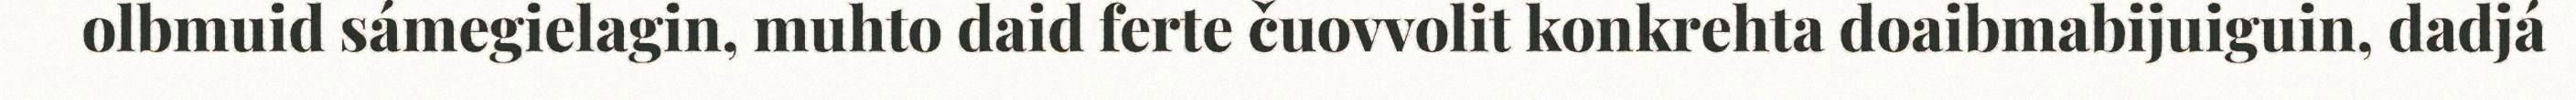
olbmuid sámegielagin, muhto daid ferte čuovvolit konkrehta doaibmabijuiguin, dadjá